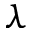
\lambda